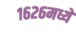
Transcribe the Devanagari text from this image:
१६२६मध्ये